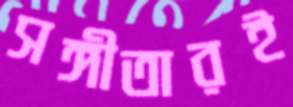
সঙ্গীতারই